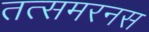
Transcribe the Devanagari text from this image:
तत्समरनस